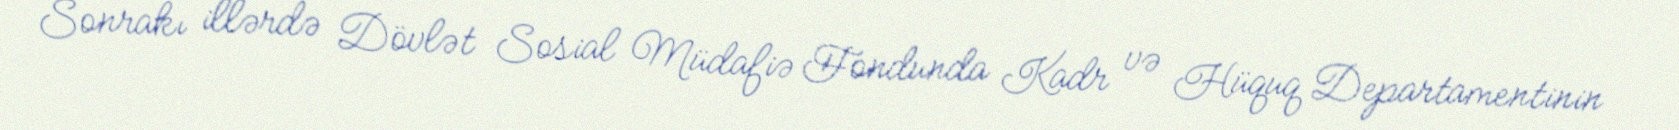
Sonrakı illərdə Dövlət Sosial Müdafiə Fondunda Kadr və Hüquq Departamentinin